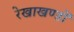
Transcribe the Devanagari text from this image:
रेखाखण्डों